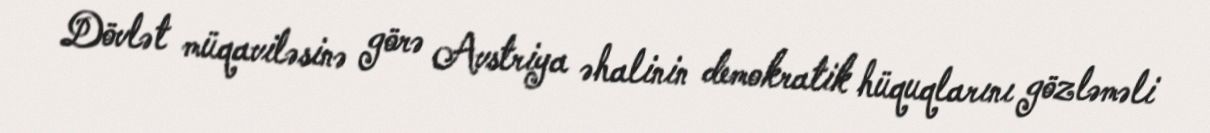
Dövlət müqaviləsinə görə Avstriya əhalinin demokratik hüquqlarını gözləməli